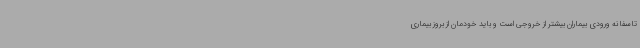
تاسفانه ورودی بیماران بیشتر از خروجی است و باید خودمان از بروز بیماری